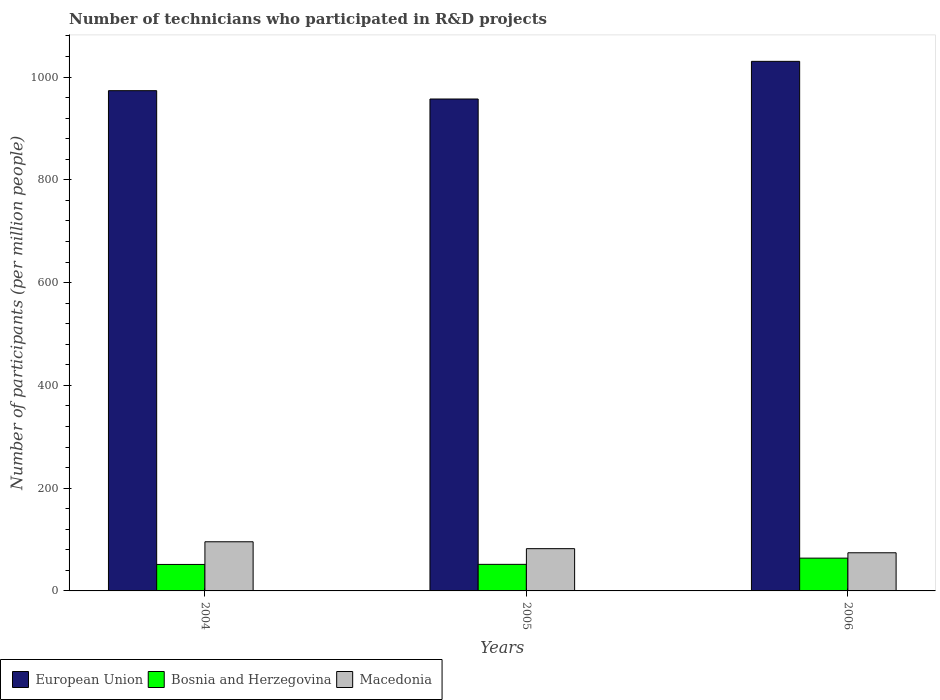
| Years | European Union | Bosnia and Herzegovina | Macedonia |
 | --- | --- | --- | --- |
 | 2004 | 974 | 51.5 | 95.7 |
 | 2005 | 957 | 51.7 | 82.2 |
 | 2006 | 1.03e+03 | 63.8 | 74.2 |